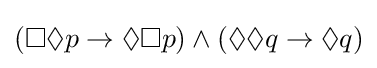
(\Box \Diamond p\rightarrow \Diamond \Box p)\land (\Diamond \Diamond q\rightarrow \Diamond q)